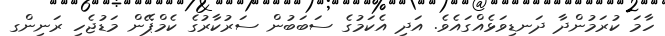
ހާމަ ކުރަމުންދާ ދަނޑިވަޅެއްގައެވެ. އަދި އެކަމުގެ ސަބަބުން ސަރުކާރުގެ ކެމްޕޭން މަޑުޖެހި ރަނިންގ